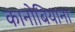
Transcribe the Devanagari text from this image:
कानोबियाना